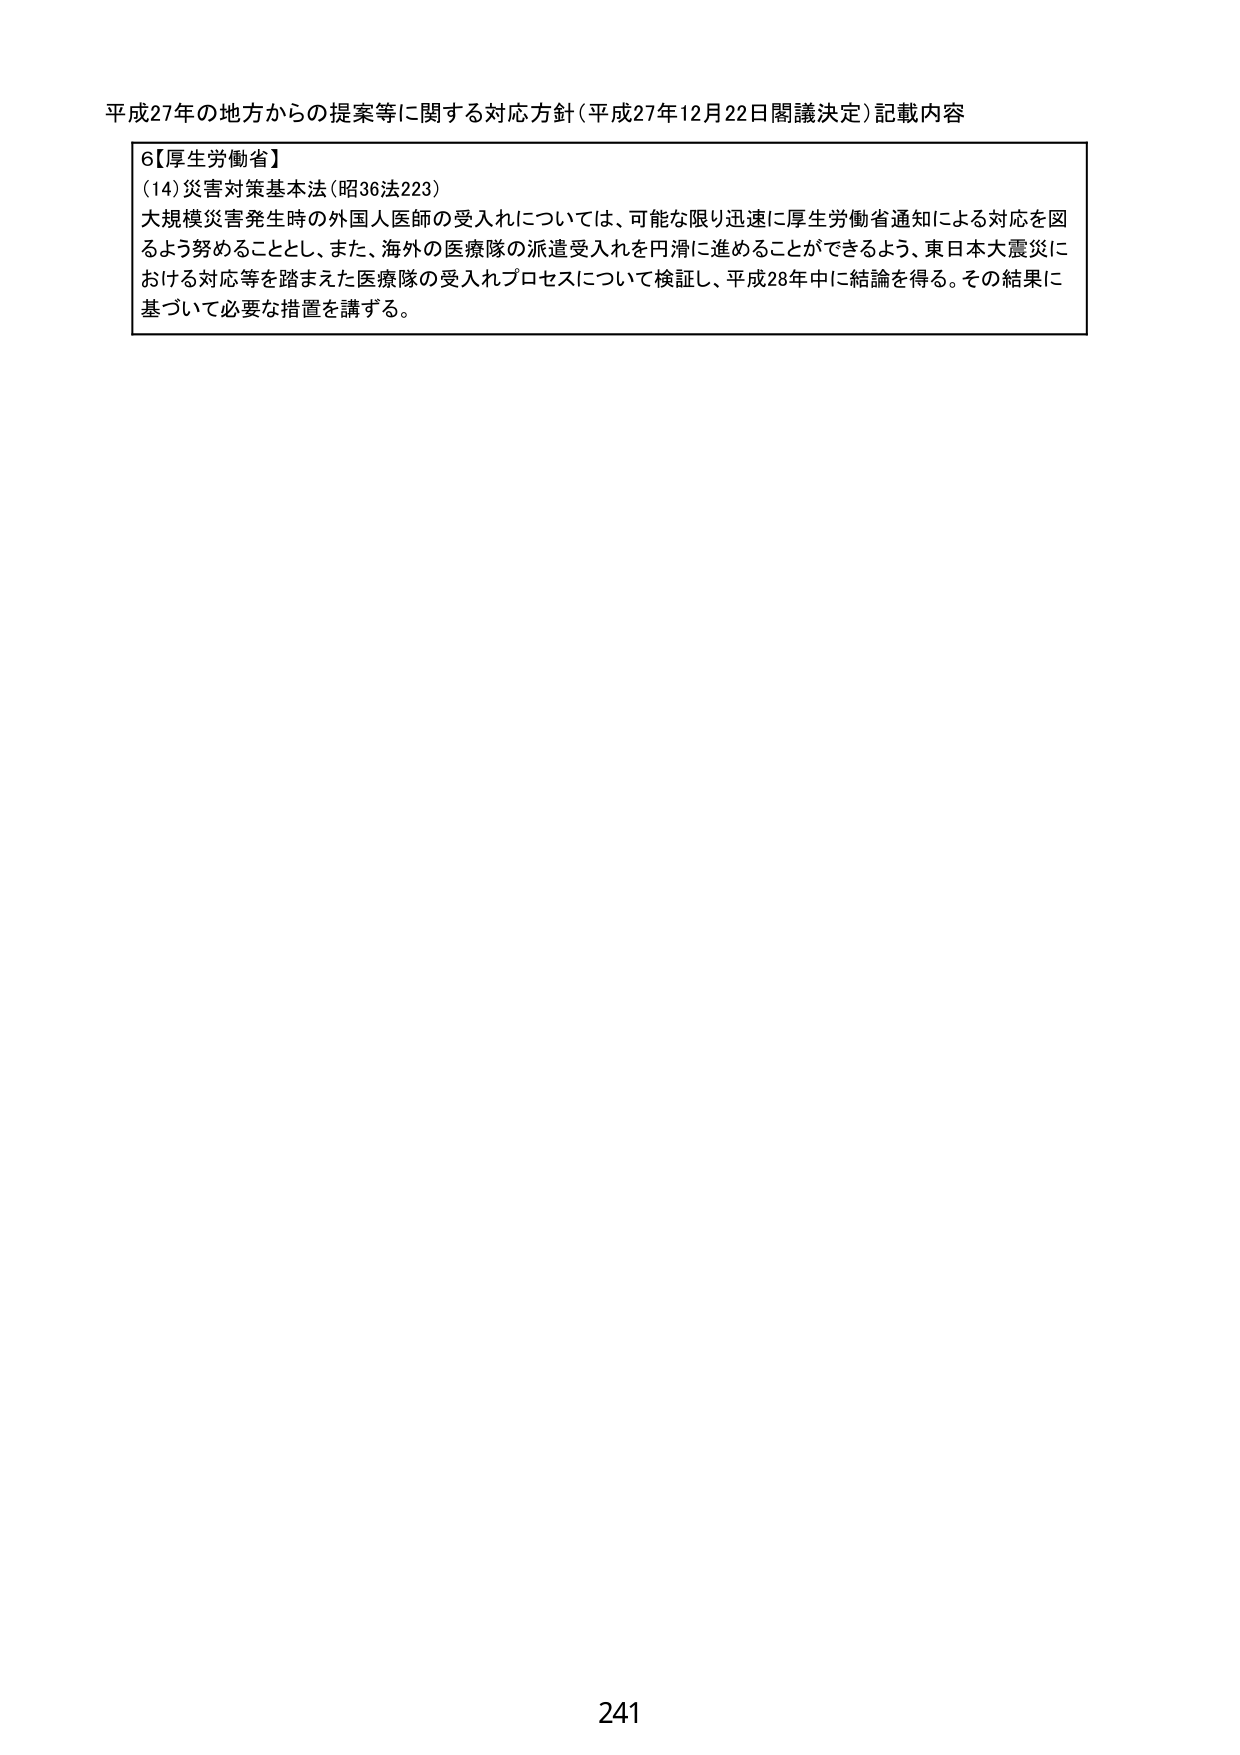
平成27年の地方からの提案等に関する対応方針（平成27年12月22日閣議決定）記載内容

6【厚生労働省】
(14)災害対策基本法（昭36法223）
大規模災害発生時の外国人医師の受入れについては、可能な限り迅速に厚生労働省通知による対応を図るよう努めることとし、また、海外の医療隊の派遣受入れを円滑に進めることができるよう、東日本大震災における対応等を踏まえた医療隊の受入れプロセスについて検証し、平成28年中に結論を得る。その結果に基づいて必要な措置を講ずる。

241